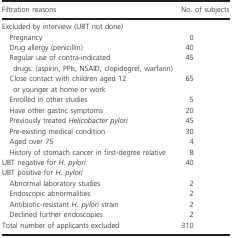
<table><thead><tr><td><b>Filtration reasons</b></td><td><b>No. of subjects</b></td></tr></thead><tbody><tr><td colspan="2">Excluded by interview (UBT not done)</td></tr><tr><td>Pregnancy</td><td>0</td></tr><tr><td>Drug allergy (penicillin)</td><td>40</td></tr><tr><td>Regular use of contra‐indicated drugs: (aspirin, PPIs, NSAID, clopidogrel, warfarin)</td><td>45</td></tr><tr><td>Close contact with children aged 12 or younger at home or work</td><td>65</td></tr><tr><td>Enrolled in other studies</td><td>5</td></tr><tr><td>Have other gastric symptoms</td><td>20</td></tr><tr><td>Previously treated <i>Helicobacter pylori</i></td><td>45</td></tr><tr><td>Pre‐existing medical condition</td><td>30</td></tr><tr><td>Aged over 75</td><td>4</td></tr><tr><td>History of stomach cancer in first‐degree relative</td><td>8</td></tr><tr><td>UBT negative for <i>H. pylori</i></td><td>40</td></tr><tr><td colspan="2">UBT positive for <i>H. pylori</i></td></tr><tr><td>Abnormal laboratory studies</td><td>2</td></tr><tr><td>Endoscopic abnormalities</td><td>2</td></tr><tr><td>Antibiotic‐resistant <i>H. pylori</i> strain</td><td>2</td></tr><tr><td>Declined further endoscopies</td><td>2</td></tr><tr><td>Total number of applicants excluded</td><td>310</td></tr></tbody></table>